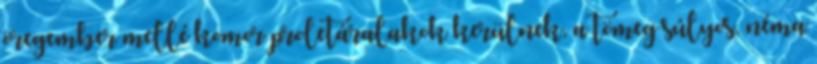
öregember mellé komor proletáralakok kerülnek, a tömeg súlyos, néma